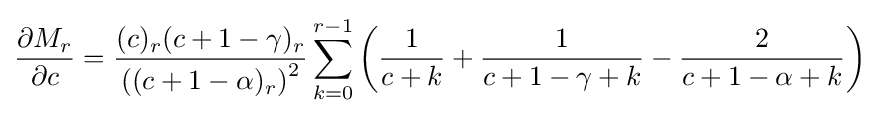
{\frac {\partial M_{r}}{\partial c}}={\frac {(c)_{r}(c+1-\gamma )_{r}}{\left((c+1-\alpha )_{r}\right)^{2}}}\sum _{k=0}^{r-1}\left({\frac {1}{c+k}}+{\frac {1}{c+1-\gamma +k}}-{\frac {2}{c+1-\alpha +k}}\right)